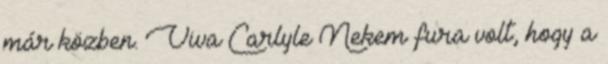
már közben. Viva Carlyle Nekem fura volt, hogy a